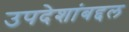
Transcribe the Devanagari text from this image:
उपदेशांबद्दल